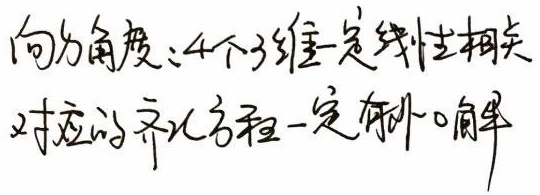
向量角度：4个3维向量一定线性相关，对应的齐次方程一定有非零解。